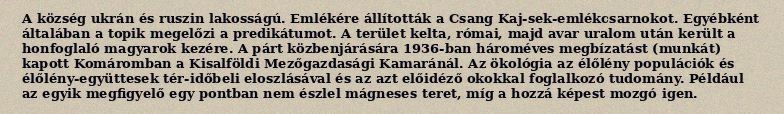
A község ukrán és ruszin lakosságú. Emlékére állították a Csang Kaj-sek-emlékcsarnokot. Egyébként általában a topik megelőzi a predikátumot. A terület kelta, római, majd avar uralom után került a honfoglaló magyarok kezére. A párt közbenjárására 1936-ban hároméves megbízatást (munkát) kapott Komáromban a Kisalföldi Mezőgazdasági Kamaránál. Az ökológia az élőlény populációk és élőlény-együttesek tér-időbeli eloszlásával és az azt előidéző okokkal foglalkozó tudomány. Például az egyik megfigyelő egy pontban nem észlel mágneses teret, míg a hozzá képest mozgó igen.